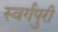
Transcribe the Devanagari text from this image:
स्वर्गपुरी